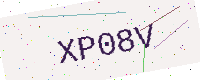
Text: XP08V